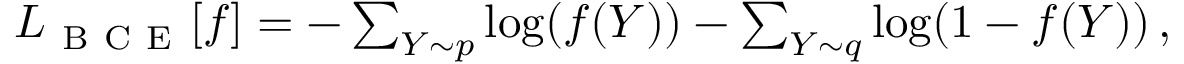
\begin{array} { r } { L _ { \mathrm { ~ B ~ C ~ E ~ } } [ f ] = - \sum _ { Y \sim p } \log ( f ( Y ) ) - \sum _ { Y \sim q } \log ( 1 - f ( Y ) ) \, , } \end{array}